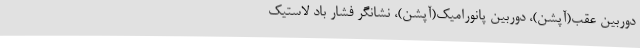
دوربین عقب(آپشن)، دوربین پانورامیک(آپشن)، نشانگر فشار باد لاستیک